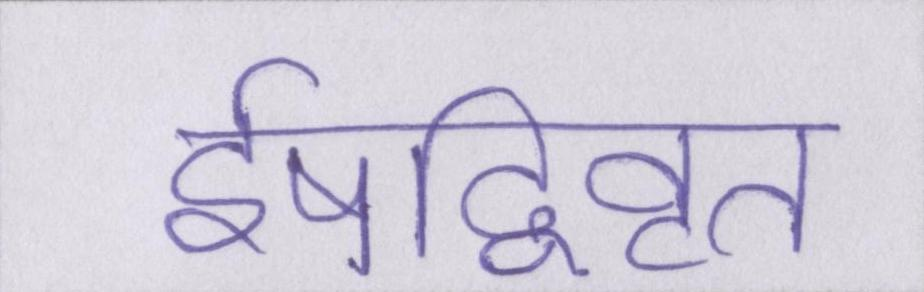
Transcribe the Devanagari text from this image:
ईषद्विवृत